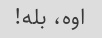
اوه، بله!